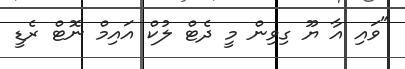
"ވައި އާ ޔޫ ގިވިން މީ ދެޓް ލުކް އައިމް ނޮޓް ރެޑީ